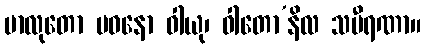
မာလုတော ပဝနော ဝါယု၊ ဝါတော’နိလ သမီရဏာ။